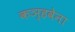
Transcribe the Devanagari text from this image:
कञ्हवेना